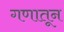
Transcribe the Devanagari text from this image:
गणातून